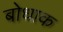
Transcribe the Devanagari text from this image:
बोधाक